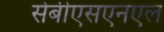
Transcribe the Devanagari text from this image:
सेबीएसएनएल